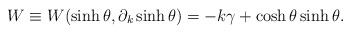
\begin{align*}W \equiv W(\sinh \theta, \partial_k \sinh \theta)=-k\gamma+\cosh\theta \sinh \theta.\end{align*}